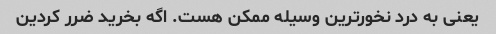
یعنی به درد نخورترین وسیله ممکن هست. اگه بخرید ضرر کردین